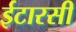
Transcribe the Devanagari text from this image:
ईटारसी